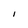
Character: I